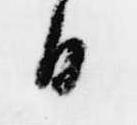
日